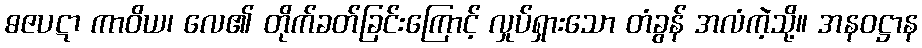
ဓဇပဋာ ကာဝိယ၊ လေ၏ တိုက်ခတ်ခြင်းကြောင့် လှုပ်ရှားသော တံခွန် အလံကဲ့သို့။ အနဝဋ္ဌာန